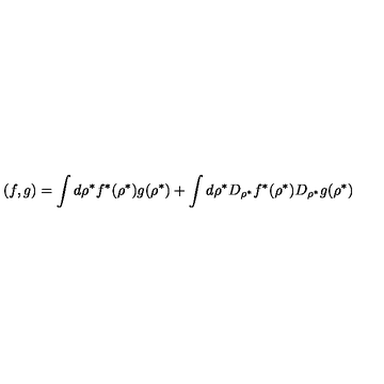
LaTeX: ( f , g ) = \int d \rho ^ { * } f ^ { * } ( \rho ^ { * } ) g ( \rho ^ { * } ) + \int d \rho ^ { * } D _ { \rho ^ { * } } f ^ { * } ( \rho ^ { * } ) D _ { \rho ^ { * } } g ( \rho ^ { * } )